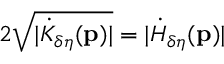
2 \sqrt { \vert \dot { K } _ { \delta \eta } ( \mathbf { p } ) \vert } = \vert \dot { H } _ { \delta \eta } ( \mathbf { p } ) \vert